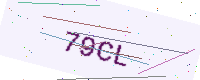
Text: 79CL